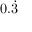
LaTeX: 0 . { \dot { 3 } }